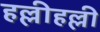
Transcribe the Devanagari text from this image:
हल्लीहल्ली